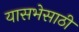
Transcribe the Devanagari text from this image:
यासभेसाठी